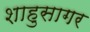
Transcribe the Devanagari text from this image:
शाहुसागर